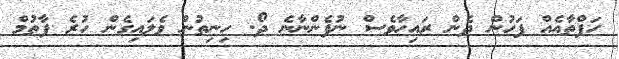
ހަފްތާއެއް ފަހުން ދެން ރައިހާވެސް ނުފެންނާނެ ދޯ. ހިނިތުން ވެލައިގެން ހުރެ ފާތުމް